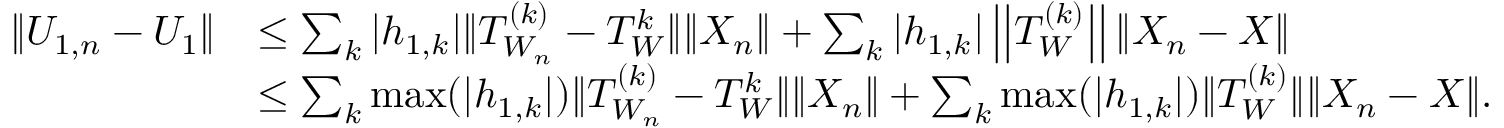
\begin{array} { r l } { \| U _ { 1 , n } - U _ { 1 } \| } & { \leq \sum _ { k } | h _ { 1 , k } | \| T _ { W _ { n } } ^ { ( k ) } - T _ { W } ^ { k } \| \| X _ { n } \| + \sum _ { k } | h _ { 1 , k } | \left| \left| T _ { W } ^ { ( k ) } \right| \right| \| X _ { n } - X \| } \\ & { \leq \sum _ { k } \operatorname* { m a x } ( | h _ { 1 , k } | ) \| T _ { W _ { n } } ^ { ( k ) } - T _ { W } ^ { k } \| \| X _ { n } \| + \sum _ { k } \operatorname* { m a x } ( | h _ { 1 , k } | ) \| T _ { W } ^ { ( k ) } \| \| X _ { n } - X \| . } \end{array}